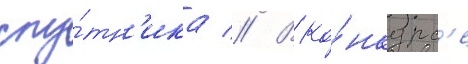
спу́тн'ика // В ко́нкурс'е